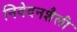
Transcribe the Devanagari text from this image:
निवेदनशैली